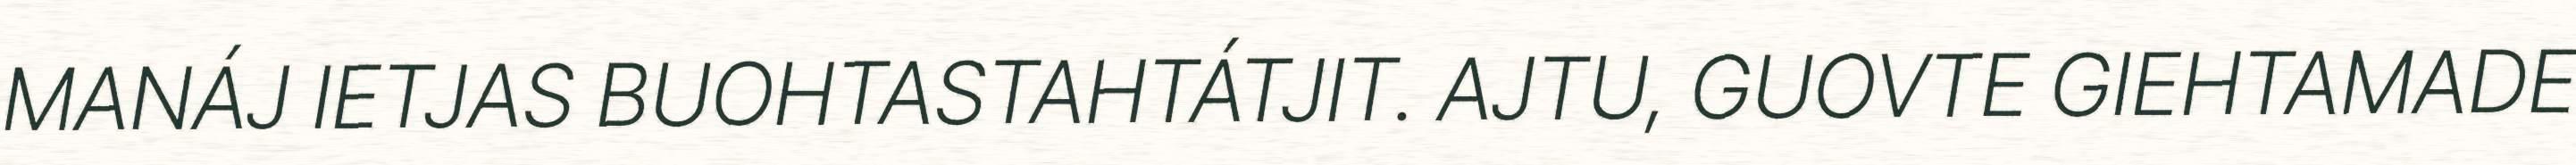
MANÁJ IETJAS BUOHTASTAHTÁTJIT. AJTU, GUOVTE GIEHTAMADE